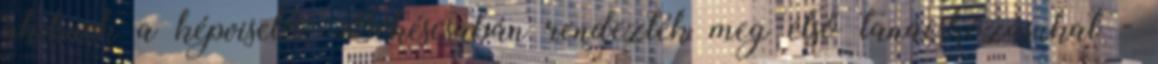
akiknek a képviselői Békéscsabán rendezték meg első tanácskozásukat -